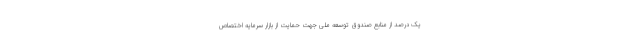
یک درصد از منابع صندوق توسعه ملی جهت حمایت از بازار سرمایه اختصاص